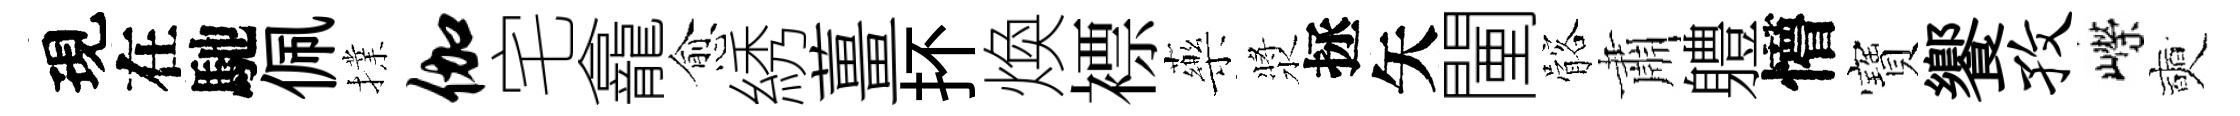
現在馳佩擈伽宅龕愈綉薑抔煥褾藥漿拯矢闉髂肅軆懵寶饗孜嶸奭